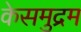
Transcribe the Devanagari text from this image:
केसमुद्रम